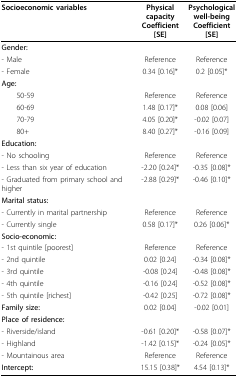
<table><thead><tr><td><b>Socioeconomic variables</b></td><td><b>PhysicalcapacityCoefficient [SE]</b></td><td><b>Psychologicalwell-beingCoefficient [SE]</b></td></tr></thead><tbody><tr><td><b>Gender:</b></td><td></td><td></td></tr><tr><td>- Male</td><td>Reference</td><td>Reference</td></tr><tr><td>- Female</td><td>0.34 [0.16]*</td><td>0.2 [0.05]*</td></tr><tr><td><b>Age:</b></td><td></td><td></td></tr><tr><td> 50-59</td><td>Reference</td><td>Reference</td></tr><tr><td> 60-69</td><td>1.48 [0.17]*</td><td>0.08 [0.06]</td></tr><tr><td> 70-79</td><td>4.05 [0.20]*</td><td>-0.02 [0.07]</td></tr><tr><td> 80+</td><td>8.40 [0.27]*</td><td>-0.16 [0.09]</td></tr><tr><td><b>Education:</b></td><td></td><td></td></tr><tr><td>- No schooling</td><td>Reference</td><td>Reference</td></tr><tr><td>- Less than six year of education</td><td>-2.20 [0.24]*</td><td>-0.35 [0.08]*</td></tr><tr><td>- Graduated from primary school and higher</td><td>-2.88 [0.29]*</td><td>-0.46 [0.10]*</td></tr><tr><td><b>Marital status:</b></td><td></td><td></td></tr><tr><td>- Currently in marital partnership</td><td>Reference</td><td>Reference</td></tr><tr><td>- Currently single</td><td>0.58 [0.17]*</td><td>0.26 [0.06]*</td></tr><tr><td><b>Socio-economic:</b></td><td></td><td></td></tr><tr><td>- 1st quintile [poorest]</td><td>Reference</td><td>Reference</td></tr><tr><td>- 2nd quintile</td><td>0.02 [0.24]</td><td>-0.34 [0.08]*</td></tr><tr><td>- 3rd quintile</td><td>-0.08 [0.24]</td><td>-0.48 [0.08]*</td></tr><tr><td>- 4th quintile</td><td>-0.16 [0.24]</td><td>-0.52 [0.08]*</td></tr><tr><td>- 5th quintile [richest]</td><td>-0.42 [0.25]</td><td>-0.72 [0.08]*</td></tr><tr><td><b>Family size:</b></td><td>0.02 [0.04]</td><td>-0.02 [0.01]</td></tr><tr><td><b>Place of residence:</b></td><td></td><td></td></tr><tr><td>- Riverside/island</td><td>-0.61 [0.20]*</td><td>-0.58 [0.07]*</td></tr><tr><td>- Highland</td><td>-1.42 [0.15]*</td><td>-0.24 [0.05]*</td></tr><tr><td>- Mountainous area</td><td>Reference</td><td>Reference</td></tr><tr><td><b>Intercept:</b></td><td>15.15 [0.38]*</td><td>4.54 [0.13]*</td></tr></tbody></table>